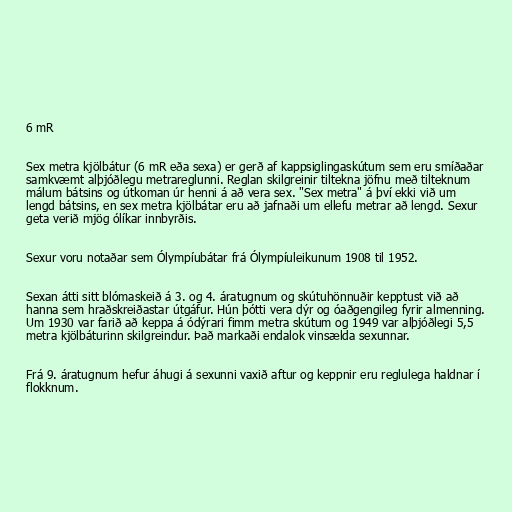
6 mR

Sex metra kjölbátur (6 mR eða sexa) er gerð af kappsiglingaskútum sem eru smíðaðar
samkvæmt alþjóðlegu metrareglunni. Reglan skilgreinir tiltekna jöfnu með tilteknum
málum bátsins og útkoman úr henni á að vera sex. "Sex metra" á því ekki við um
lengd bátsins, en sex metra kjölbátar eru að jafnaði um ellefu metrar að lengd. Sexur
geta verið mjög ólíkar innbyrðis.

Sexur voru notaðar sem Ólympíubátar frá Ólympíuleikunum 1908 til 1952.

Sexan átti sitt blómaskeið á 3. og 4. áratugnum og skútuhönnuðir kepptust við að
hanna sem hraðskreiðastar útgáfur. Hún þótti vera dýr og óaðgengileg fyrir almenning.
Um 1930 var farið að keppa á ódýrari fimm metra skútum og 1949 var alþjóðlegi 5,5
metra kjölbáturinn skilgreindur. Það markaði endalok vinsælda sexunnar.

Frá 9. áratugnum hefur áhugi á sexunni vaxið aftur og keppnir eru reglulega haldnar í
flokknum.